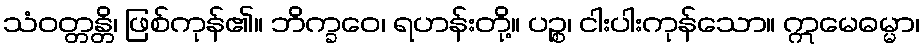
သံဝတ္တန္တိ၊ ဖြစ်ကုန်၏။ ဘိက္ခဝေ၊ ရဟန်းတို့။ ပဉ္စ၊ ငါးပါးကုန်သော။ ဣမေဓမ္မာ၊